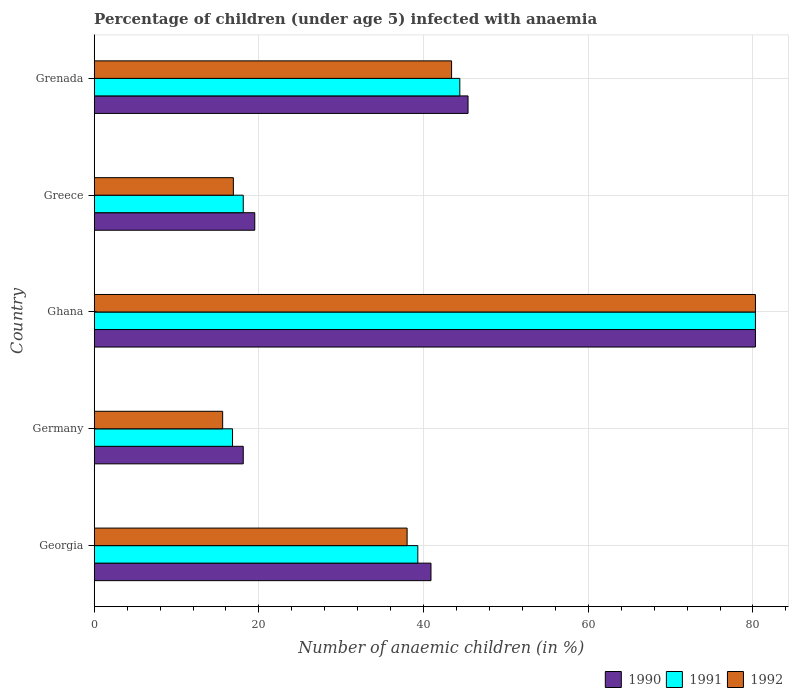
| Country | 1990 | 1991 | 1992 |
 | --- | --- | --- | --- |
 | Georgia | 40.9 | 39.3 | 38 |
 | Germany | 18.1 | 16.8 | 15.6 |
 | Ghana | 80.3 | 80.3 | 80.3 |
 | Greece | 19.5 | 18.1 | 16.9 |
 | Grenada | 45.4 | 44.4 | 43.4 |